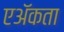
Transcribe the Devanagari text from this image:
एॲकता